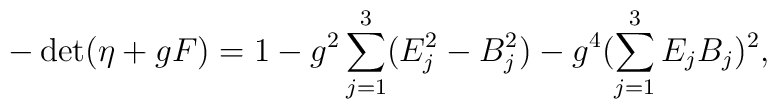
-\det(\eta+gF)=1-g^2\sum_{j=1}^3(E_j^2-B_j^2)-g^4(\sum_{j=1}^3E_jB_j)^2,